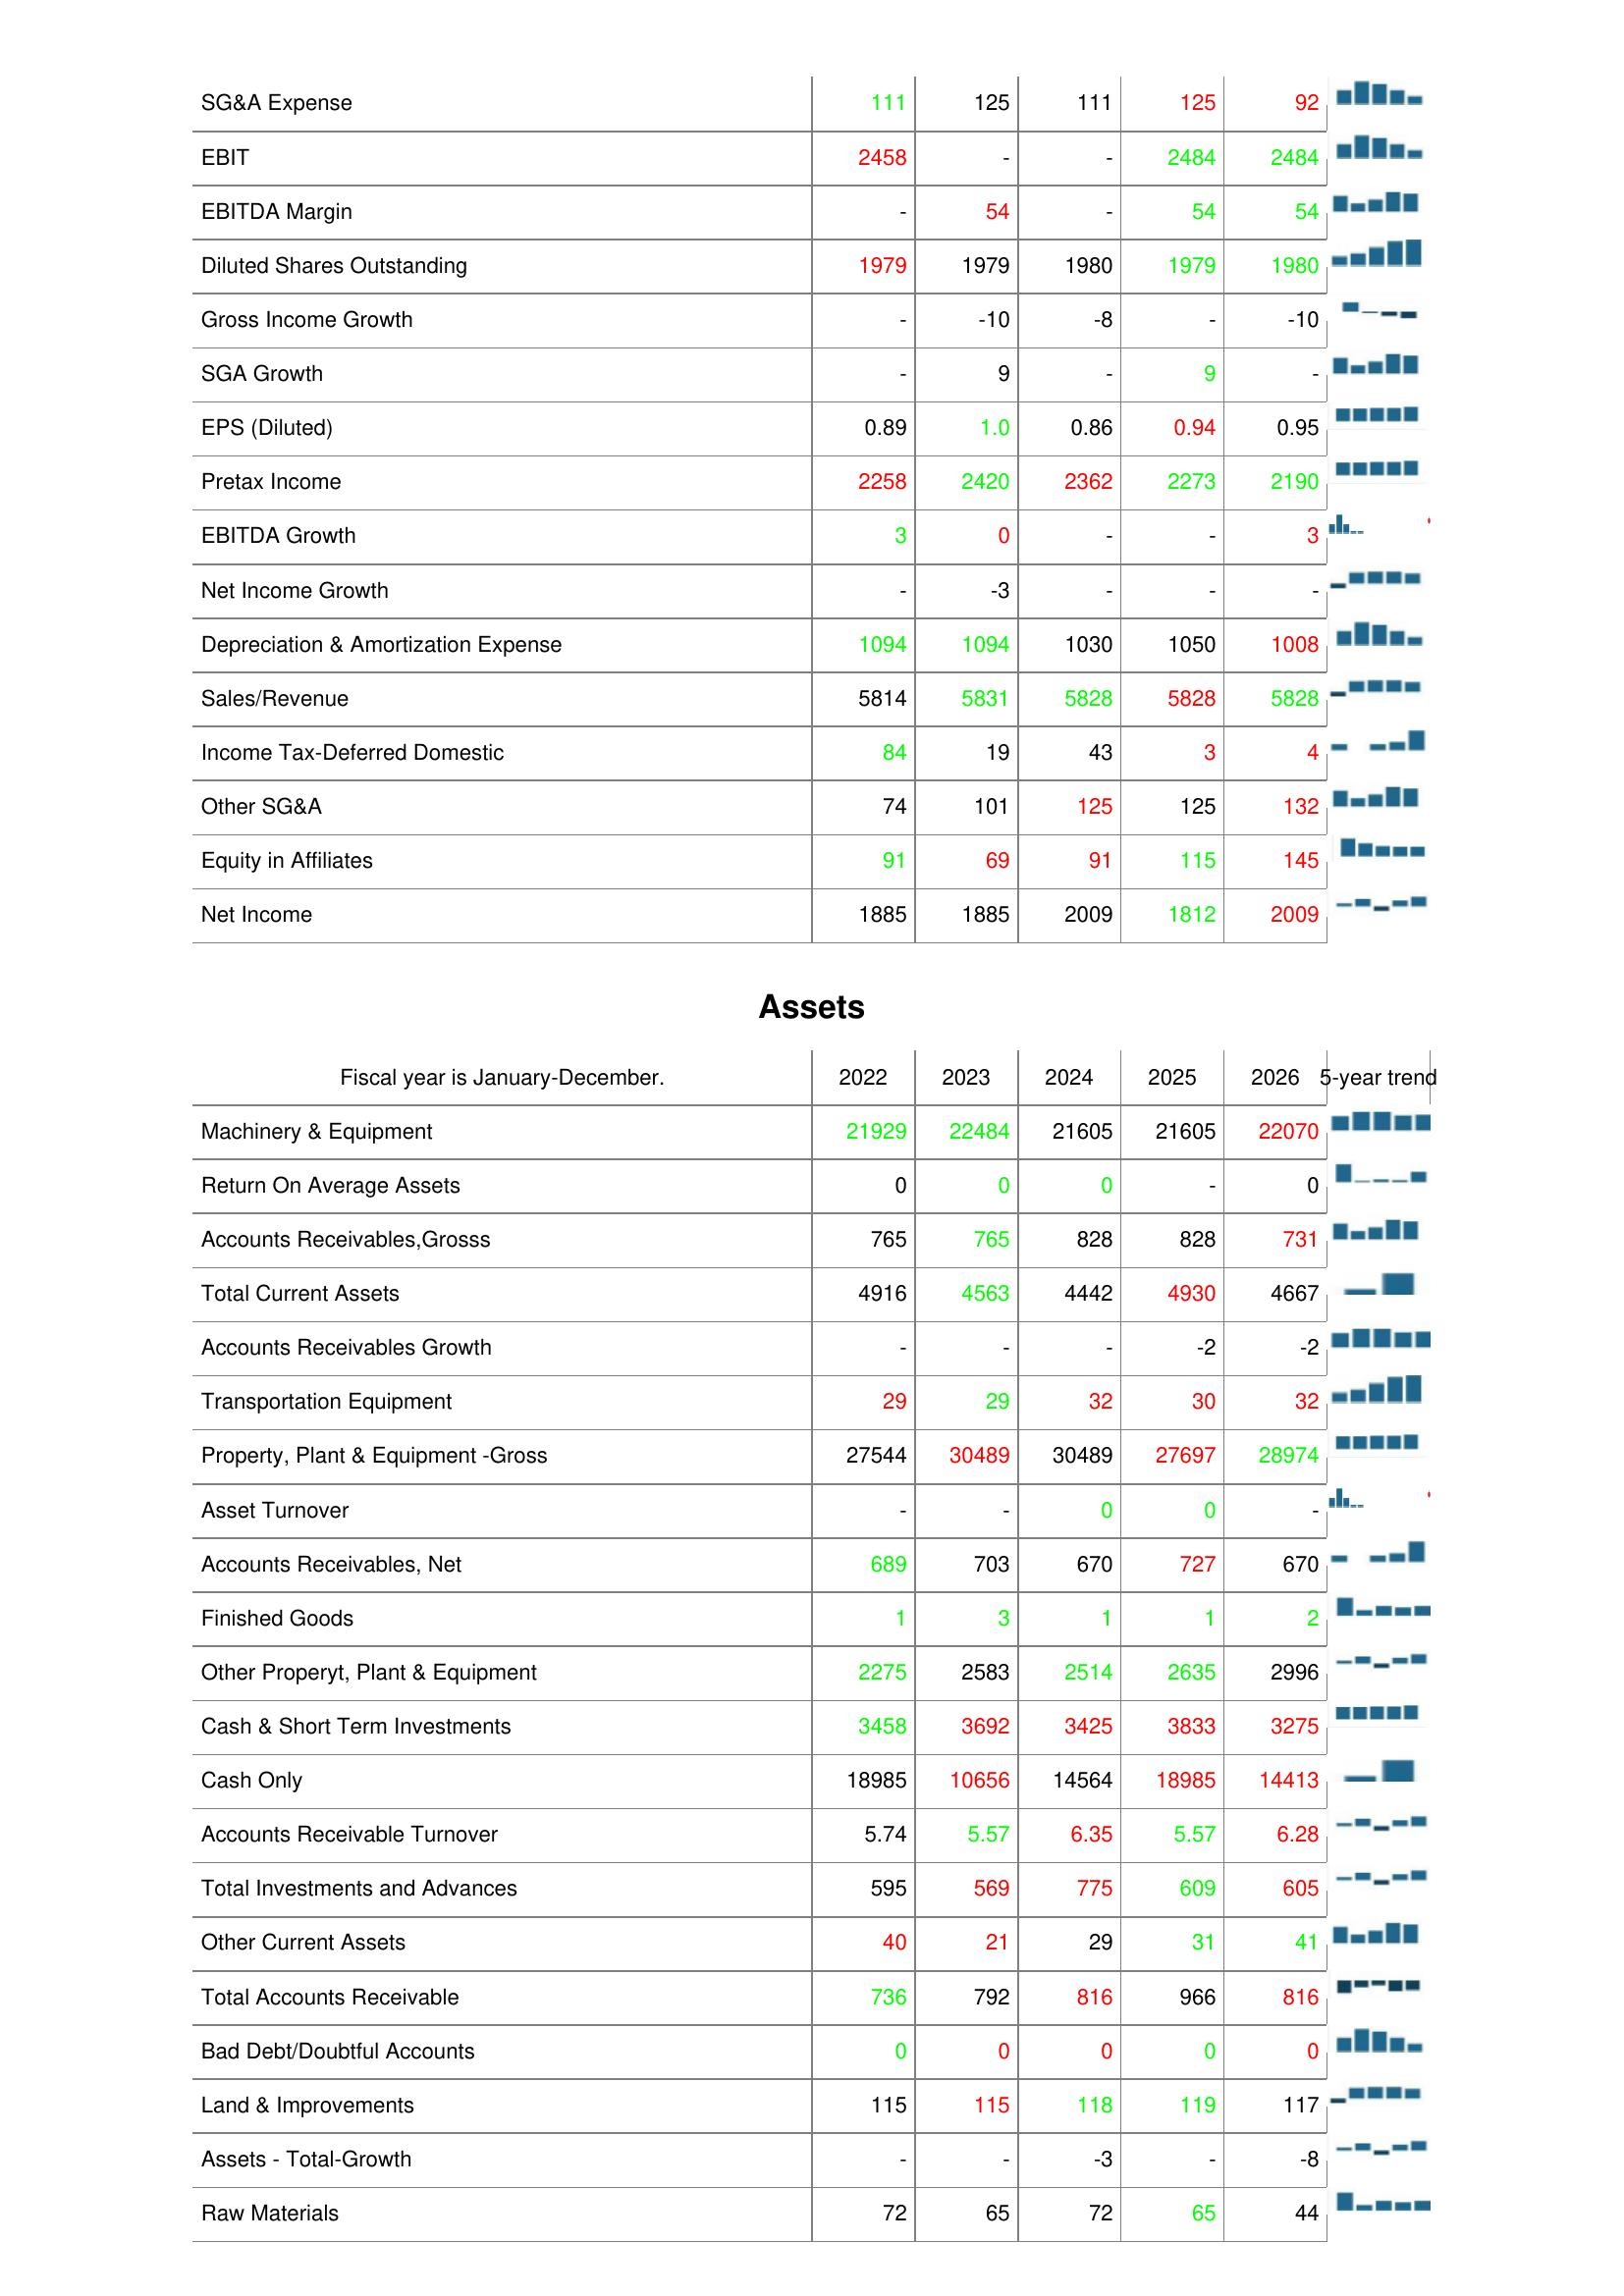
2022: : SG&A Expense: 111
EBIT: 2458
EBITDA Margin: -
Diluted Shares Outstanding: 1979
Gross Income Growth: -
SGA Growth: -
EPS (Diluted): 0.89
Pretax Income: 2258
EBITDA Growth: 3
Net Income Growth: -
Depreciation & Amortization Expense: 1094
Sales/Revenue: 5814
Income Tax-Deferred Domestic: 84
Other SG&A: 74
Equity in Affiliates: 91
Net Income: 1885
Assets: Machinery & Equipment: 21929
Return On Average Assets: 0
Accounts Receivables,Grosss: 765
Total Current Assets: 4916
Accounts Receivables Growth: -
Transportation Equipment: 29
Property, Plant & Equipment -Gross: 27544
Asset Turnover: -
Accounts Receivables, Net: 689
Finished Goods: 1
Other Properyt, Plant & Equipment: 2275
Cash & Short Term Investments: 3458
Cash Only: 18985
Accounts Receivable Turnover: 5.74
Total Investments and Advances: 595
Other Current Assets: 40
Total Accounts Receivable: 736
Bad Debt/Doubtful Accounts: 0
Land & Improvements: 115
Assets - Total-Growth: -
Raw Materials: 72
2023: : SG&A Expense: 125
EBIT: -
EBITDA Margin: 54
Diluted Shares Outstanding: 1979
Gross Income Growth: -10
SGA Growth: 9
EPS (Diluted): 1.0
Pretax Income: 2420
EBITDA Growth: 0
Net Income Growth: -3
Depreciation & Amortization Expense: 1094
Sales/Revenue: 5831
Income Tax-Deferred Domestic: 19
Other SG&A: 101
Equity in Affiliates: 69
Net Income: 1885
Assets: Machinery & Equipment: 22484
Return On Average Assets: 0
Accounts Receivables,Grosss: 765
Total Current Assets: 4563
Accounts Receivables Growth: -
Transportation Equipment: 29
Property, Plant & Equipment -Gross: 30489
Asset Turnover: -
Accounts Receivables, Net: 703
Finished Goods: 3
Other Properyt, Plant & Equipment: 2583
Cash & Short Term Investments: 3692
Cash Only: 10656
Accounts Receivable Turnover: 5.57
Total Investments and Advances: 569
Other Current Assets: 21
Total Accounts Receivable: 792
Bad Debt/Doubtful Accounts: 0
Land & Improvements: 115
Assets - Total-Growth: -
Raw Materials: 65
2024: : SG&A Expense: 111
EBIT: -
EBITDA Margin: -
Diluted Shares Outstanding: 1980
Gross Income Growth: -8
SGA Growth: -
EPS (Diluted): 0.86
Pretax Income: 2362
EBITDA Growth: -
Net Income Growth: -
Depreciation & Amortization Expense: 1030
Sales/Revenue: 5828
Income Tax-Deferred Domestic: 43
Other SG&A: 125
Equity in Affiliates: 91
Net Income: 2009
Assets: Machinery & Equipment: 21605
Return On Average Assets: 0
Accounts Receivables,Grosss: 828
Total Current Assets: 4442
Accounts Receivables Growth: -
Transportation Equipment: 32
Property, Plant & Equipment -Gross: 30489
Asset Turnover: 0
Accounts Receivables, Net: 670
Finished Goods: 1
Other Properyt, Plant & Equipment: 2514
Cash & Short Term Investments: 3425
Cash Only: 14564
Accounts Receivable Turnover: 6.35
Total Investments and Advances: 775
Other Current Assets: 29
Total Accounts Receivable: 816
Bad Debt/Doubtful Accounts: 0
Land & Improvements: 118
Assets - Total-Growth: -3
Raw Materials: 72
2025: : SG&A Expense: 125
EBIT: 2484
EBITDA Margin: 54
Diluted Shares Outstanding: 1979
Gross Income Growth: -
SGA Growth: 9
EPS (Diluted): 0.94
Pretax Income: 2273
EBITDA Growth: -
Net Income Growth: -
Depreciation & Amortization Expense: 1050
Sales/Revenue: 5828
Income Tax-Deferred Domestic: 3
Other SG&A: 125
Equity in Affiliates: 115
Net Income: 1812
Assets: Machinery & Equipment: 21605
Return On Average Assets: -
Accounts Receivables,Grosss: 828
Total Current Assets: 4930
Accounts Receivables Growth: -2
Transportation Equipment: 30
Property, Plant & Equipment -Gross: 27697
Asset Turnover: 0
Accounts Receivables, Net: 727
Finished Goods: 1
Other Properyt, Plant & Equipment: 2635
Cash & Short Term Investments: 3833
Cash Only: 18985
Accounts Receivable Turnover: 5.57
Total Investments and Advances: 609
Other Current Assets: 31
Total Accounts Receivable: 966
Bad Debt/Doubtful Accounts: 0
Land & Improvements: 119
Assets - Total-Growth: -
Raw Materials: 65
2026: : SG&A Expense: 92
EBIT: 2484
EBITDA Margin: 54
Diluted Shares Outstanding: 1980
Gross Income Growth: -10
SGA Growth: -
EPS (Diluted): 0.95
Pretax Income: 2190
EBITDA Growth: 3
Net Income Growth: -
Depreciation & Amortization Expense: 1008
Sales/Revenue: 5828
Income Tax-Deferred Domestic: 4
Other SG&A: 132
Equity in Affiliates: 145
Net Income: 2009
Assets: Machinery & Equipment: 22070
Return On Average Assets: 0
Accounts Receivables,Grosss: 731
Total Current Assets: 4667
Accounts Receivables Growth: -2
Transportation Equipment: 32
Property, Plant & Equipment -Gross: 28974
Asset Turnover: -
Accounts Receivables, Net: 670
Finished Goods: 2
Other Properyt, Plant & Equipment: 2996
Cash & Short Term Investments: 3275
Cash Only: 14413
Accounts Receivable Turnover: 6.28
Total Investments and Advances: 605
Other Current Assets: 41
Total Accounts Receivable: 816
Bad Debt/Doubtful Accounts: 0
Land & Improvements: 117
Assets - Total-Growth: -8
Raw Materials: 44